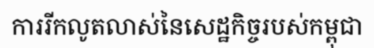
ការរីកលូតលាស់នៃសេដ្ឋកិច្ចរបស់កម្ពុជា